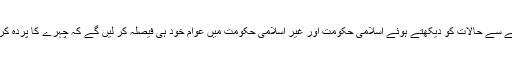
اس لیے اس حوالے سے حالات کو دیکھتے ہوئے اسلامی حکومت اور غیر اسلامی حکومت میں عوام خود ہی فیصلہ کر لیں گے کہ چہرے کا پردہ کرنا چاہیے یا نہیں۔